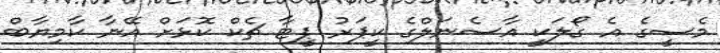
މެސީގެ އެ ގޯލަކީ އާސެނަލްގެ ކީޕަރު ޕީޓާ ޗެކް ކޮޅަށް އޭނާ ކާމިޔާބް